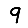
Digit: 9